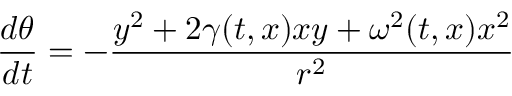
{ \frac { d \theta } { d t } } = - { \frac { y ^ { 2 } + 2 \gamma ( t , x ) x y + \omega ^ { 2 } ( t , x ) x ^ { 2 } } { r ^ { 2 } } }